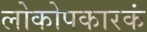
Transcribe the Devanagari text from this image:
लोकोपकारकं